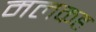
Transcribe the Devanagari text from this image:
मलकह